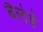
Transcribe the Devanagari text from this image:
बैलेर्डे